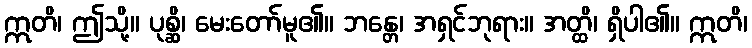
ဣတိ၊ ဤသို့။ ပုစ္ဆိ၊ မေးတော်မူ၏။ ဘန္တေ၊ အရှင်ဘုရား။ အတ္ထိ၊ ရှိပါ၏။ ဣတိ၊